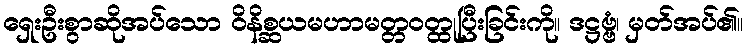
ရှေးဦးစွာဆိုအပ်သော ဝိနိစ္ဆယမဟာမတ္တဝတ္ထုပြီးခြင်းကို။ ဒဋ္ဌဗ္ဗံ၊ မှတ်အပ်၏။